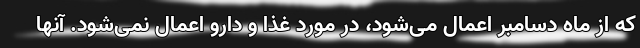
که از ماه دسامبر اعمال می‌شود، در مورد غذا و دارو اعمال نمی‌شود. آنها